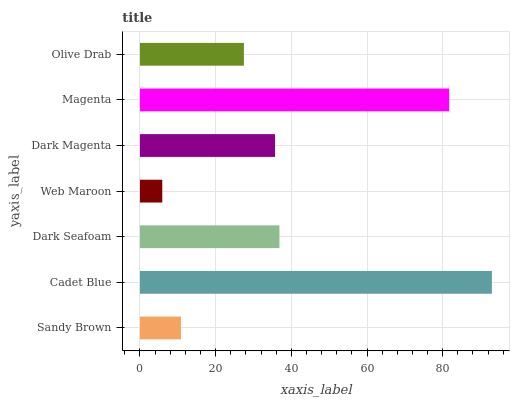
| yaxis_label | bars |
 | --- | --- |
 | Sandy Brown | 10.8 |
 | Cadet Blue | 93 |
 | Dark Seafoam | 36.9 |
 | Web Maroon | 5.9 |
 | Dark Magenta | 35.7 |
 | Magenta | 81.7 |
 | Olive Drab | 27.5 |